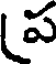
ప